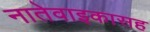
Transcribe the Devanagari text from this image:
नातेवाइकासह